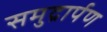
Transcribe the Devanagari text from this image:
समुद्रार्पण